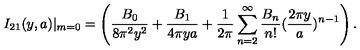
I _ { 2 1 } ( y , a ) | _ { m = 0 } = \left( \frac { B _ { 0 } } { 8 \pi ^ { 2 } y ^ { 2 } } + \frac { B _ { 1 } } { 4 \pi y a } + \frac { 1 } { 2 \pi } \sum _ { n = 2 } ^ { \infty } \frac { B _ { n } } { n ! } ( \frac { 2 \pi y } { a } ) ^ { n - 1 } \right) .